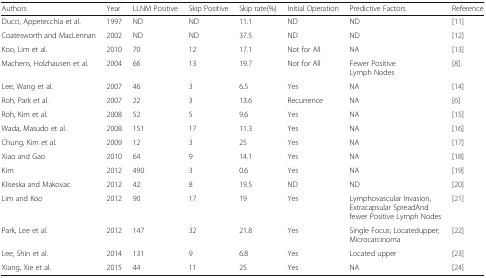
| Authors | Year | LLNM Positive | Skip Positive | Skip rate(%) | Initial Operation | Predictive Factors | Reference |
 | --- | --- | --- | --- | --- | --- | --- | --- |
 | Ducci, Appetecchia et al. | 1997 | ND | ND | 11.1 | ND | ND | [11] |
 | Coatesworth and MacLennan | 2002 | ND | ND | 37.5 | ND | ND | [12] |
 | Koo, Lim et al. | 2010 | 70 | 12 | 17.1 | Not for All | NA | [13] |
 | Machens, Holzhausen et al. | 2004 | 66 | 13 | 19.7 | Not for All | Fewer Positive Lymph Nodes | [8] |
 | Lee, Wang et al. | 2007 | 46 | 3 | 6.5 | Yes | NA | [14] |
 | Roh, Park et al. | 2007 | 22 | 3 | 13.6 | Recurrence | NA | [6] |
 | Roh, Kim et al. | 2008 | 52 | 5 | 9.6 | Yes | NA | [15] |
 | Wada, Masudo et al. | 2008 | 151 | 17 | 11.3 | Yes | NA | [16] |
 | Chung, Kim et al. | 2009 | 12 | 3 | 25 | Yes | NA | [17] |
 | Xiao and Gao | 2010 | 64 | 9 | 14.1 | Yes | NA | [18] |
 | Kim | 2012 | 490 | 3 | 0.6 | Yes | NA | [19] |
 | Kliseska and Makovac | 2012 | 42 | 8 | 19.5 | ND | ND | [20] |
 | Lim and Koo | 2012 | 90 | 17 | 19 | Yes | Lymphovascular Invasion, Extracapsular SpreadAnd fewer Positive Lymph Nodes | [21] |
 | Park, Lee et al. | 2012 | 147 | 32 | 21.8 | Yes | Single Focus; Locatedupper; Microcarcinoma | [22] |
 | Lee, Shin et al. | 2014 | 131 | 9 | 6.8 | Yes | Located upper | [23] |
 | Xiang, Xie et al. | 2015 | 44 | 11 | 25 | Yes | NA | [24] |